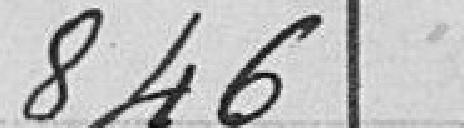
846